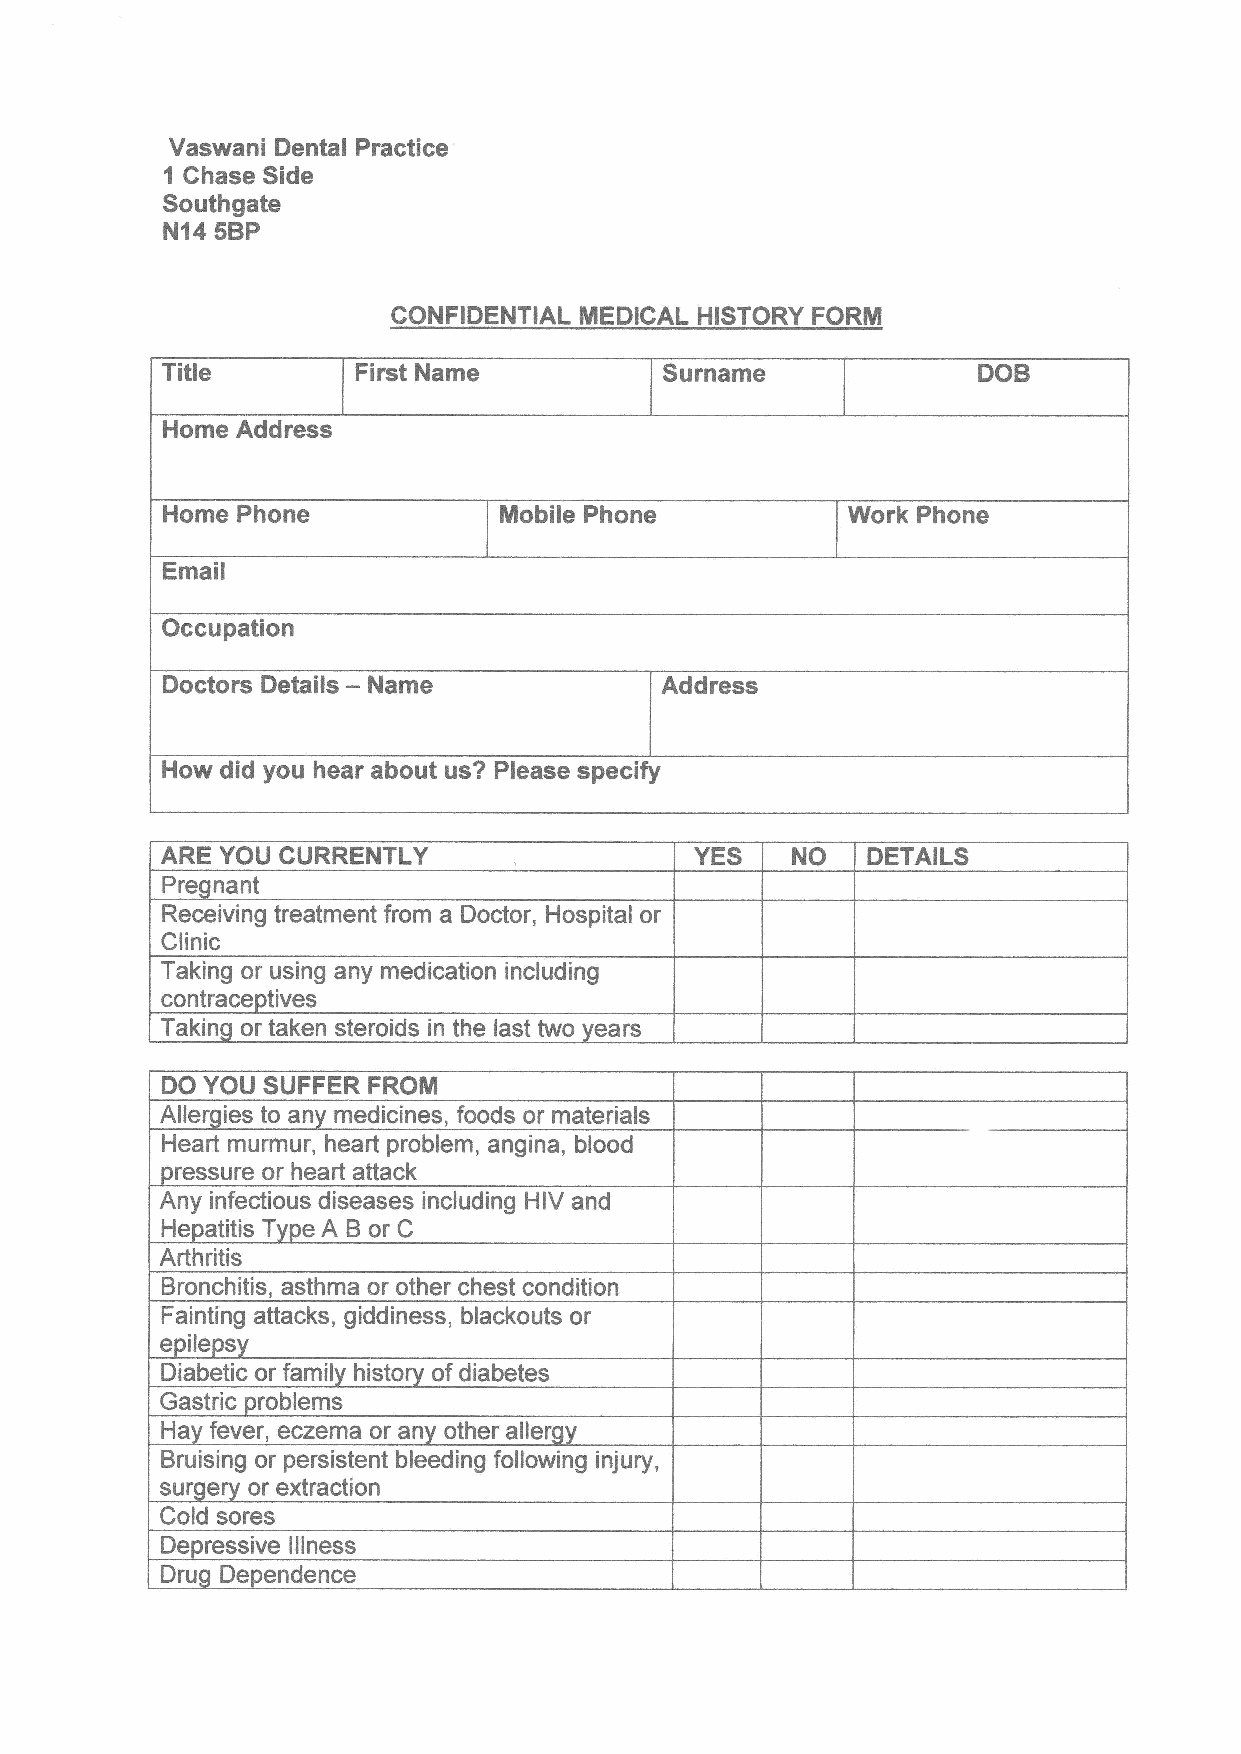
Vaswani Dental Practice
 I
 Chase Side
 Southgate
 N14 sBP
 CONFIDENTIAL MEDICAL HISTORY FORM
 Title        First Name          Surname              DOB
 Home Address
 Home Phone            Mobile Phone           Work Phone
 Email
 Occupation
 Doctors Details - Name           Address
 How did you hear about us? Please specify
 ARE YOU CURRENTLY                  YES   NO   DETAILS
 Preqnant
 Receiving treatment from a Doctor, Hospital or
 Clinic
 Taking or using any medication including
 contraceptives
 Taking or taken steroids in the last two vears
 DO YOU SUFFER FROM
 Allergies to any medicines, foods or materials
 Heart murmur, heart problem, angina, blood
 pressure or heart attack
 Any infectious diseases including HIV and
 Heoatitis Tvoe A B or C
 Arthritis
 Bronchitis, asthma or other chest condition
 Fainting attacks, giddiness, blackouts or
 epilepsy
 Diabetic or familv historv of diabetes
 Gastric oroblems
 Hav fever. eczema or anv other allerov
 Bruising or persistent bleeding following injury,
 surqery or extraction
 Cold sores
 Depressive lllness
 Druq Dependence